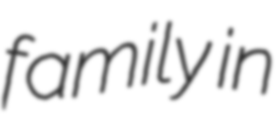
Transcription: family in